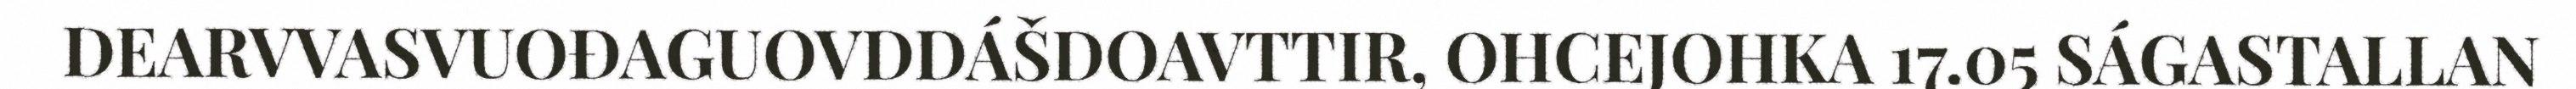
DEARVVASVUOĐAGUOVDDÁŠDOAVTTIR, OHCEJOHKA 17.05 SÁGASTALLAN